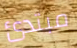
مبتدئ